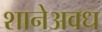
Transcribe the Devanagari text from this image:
शानेअवध